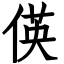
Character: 偀